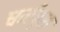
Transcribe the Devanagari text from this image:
धर्मपुरा